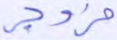
مزدجر